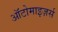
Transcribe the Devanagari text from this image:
ऑटोमाइज़र्स